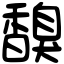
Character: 𩡗